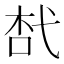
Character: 𢎋